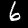
Digit: 6